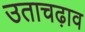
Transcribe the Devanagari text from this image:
उताचढ़ाव